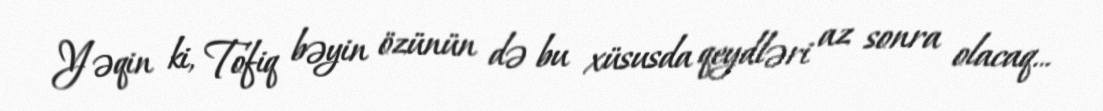
Yəqin ki, Tofiq bəyin özünün də bu xüsusda qeydləri az sonra olacaq...